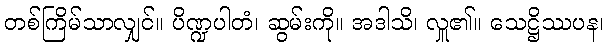
တစ်ကြိမ်သာလျှင်။ ပိဏ္ဍပါတံ၊ ဆွမ်းကို။ အဒါသိ၊ လှူ၏။ သေဋ္ဌိဿပန၊